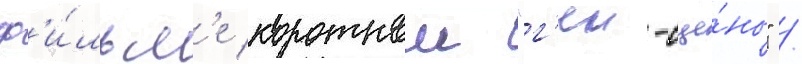
ф'и́льм'е короткои "г'еи-сце́ны" /